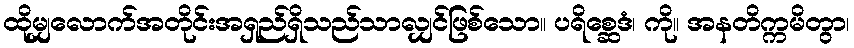
ထိုမျှလောက်အတိုင်းအရှည်ရှိသည်သာလျှင်ဖြစ်သော။ ပရိစ္ဆေဒံ၊ ကို။ အနတိက္ကမိတွာ၊